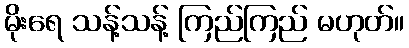
မိုးရေ သန့်သန့် ကြည်ကြည် မဟုတ်။